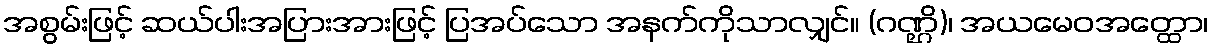
အစွမ်းဖြင့် ဆယ်ပါးအပြားအားဖြင့် ပြအပ်သော အနက်ကိုသာလျှင်။ (ဂဏ္ဌိ)၊ အယမေဝအတ္ထော၊